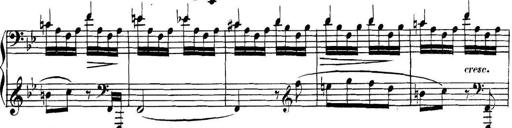
Title: Collected Piano Sonatas
Composer: Muzio Clementi